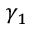
\gamma _ { 1 }